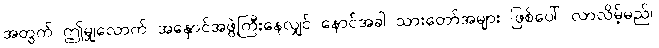
အတွက် ဤမျှလောက် အနှောင်အဖွဲ့ကြီးနေလျှင် နောင်အခါ သားတော်အများ ဖြစ်ပေါ် လာလိမ့်မည်။